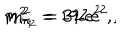
m _ { \pi _ { 1 } } ^ { 2 } = 1 9 2 \, e ^ { 2 } ~ , \hspace { 0 . 8 c m } m _ { \pi _ { 2 } } ^ { 2 } = 3 2 \, e ^ { 2 } ~ ,